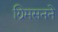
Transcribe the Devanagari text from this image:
ग्रिमसनने